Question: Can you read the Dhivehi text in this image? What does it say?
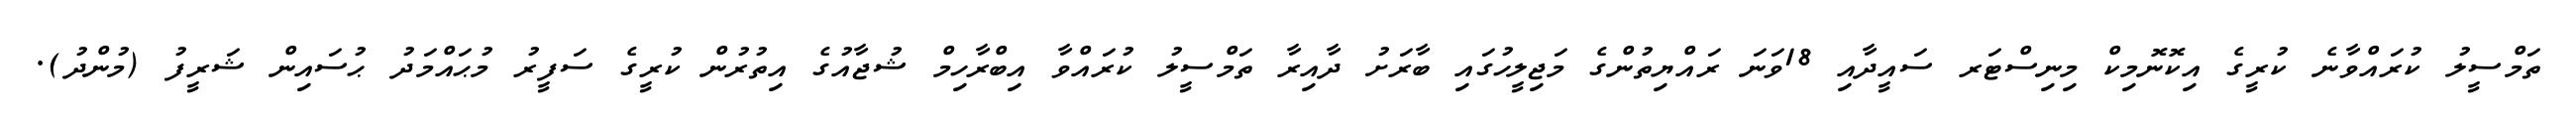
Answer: ތަމްސީލު ކުރައްވާނެ ކުރީގެ އިކޮނޮމިކް މިނިސްޓަރ ސައީދާއި 18ވަނަ ރައްޔިތުންގެ މަޖިލީހުގައި ބާރަށު ދާއިރާ ތަމްސީލު ކުރައްވާ އިބްރާހިމް ޝުޖާއުގެ އިތުރުން ކުރީގެ ސަފީރު މުޙައްމަދު ޙުސައިން ޝަރީފު (މުންދު).